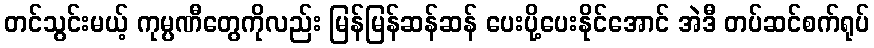
တင်သွင်းမယ့် ကုမ္ပဏီတွေကိုလည်း မြန်မြန်ဆန်ဆန် ပေးပို့ပေးနိုင်အောင် အဲဒီ တပ်ဆင်စက်ရုပ်